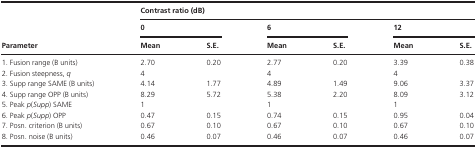
<table><thead><tr><td rowspan="3"><b>Parameter</b></td><td colspan="6"><b>Contrast ratio (dB)</b></td></tr><tr><td colspan="2"><b>0</b></td><td colspan="2"><b>6</b></td><td colspan="2"><b>12</b></td></tr><tr><td><b>Mean</b></td><td><b>S.E.</b></td><td><b>Mean</b></td><td><b>S.E.</b></td><td><b>Mean</b></td><td><b>S.E.</b></td></tr></thead><tbody><tr><td>1. Fusion range (B units)</td><td>2.70</td><td>0.20</td><td>2.77</td><td>0.20</td><td>3.39</td><td>0.38</td></tr><tr><td>2. Fusion steepness, <i>q</i></td><td>4</td><td></td><td>4</td><td></td><td>4</td><td></td></tr><tr><td>3. Supp range SAME (B units)</td><td>4.14</td><td>1.77</td><td>4.89</td><td>1.49</td><td>9.06</td><td>3.37</td></tr><tr><td>4. Supp range OPP (B units)</td><td>8.29</td><td>5.72</td><td>5.38</td><td>2.20</td><td>8.09</td><td>3.12</td></tr><tr><td>5. Peak <i>p</i>(<i>Supp</i>) SAME</td><td>1</td><td></td><td>1</td><td></td><td>1</td><td></td></tr><tr><td>6. Peak <i>p</i>(<i>Supp</i>) OPP</td><td>0.47</td><td>0.15</td><td>0.74</td><td>0.15</td><td>0.95</td><td>0.04</td></tr><tr><td>7. Posn. criterion (B units)</td><td>0.67</td><td>0.10</td><td>0.67</td><td>0.10</td><td>0.67</td><td>0.10</td></tr><tr><td>8. Posn. noise (B units)</td><td>0.46</td><td>0.07</td><td>0.46</td><td>0.07</td><td>0.46</td><td>0.07</td></tr></tbody></table>